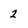
Character: 2